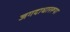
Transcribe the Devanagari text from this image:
जगदाधाररूपा